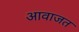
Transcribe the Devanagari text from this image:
आवाजत